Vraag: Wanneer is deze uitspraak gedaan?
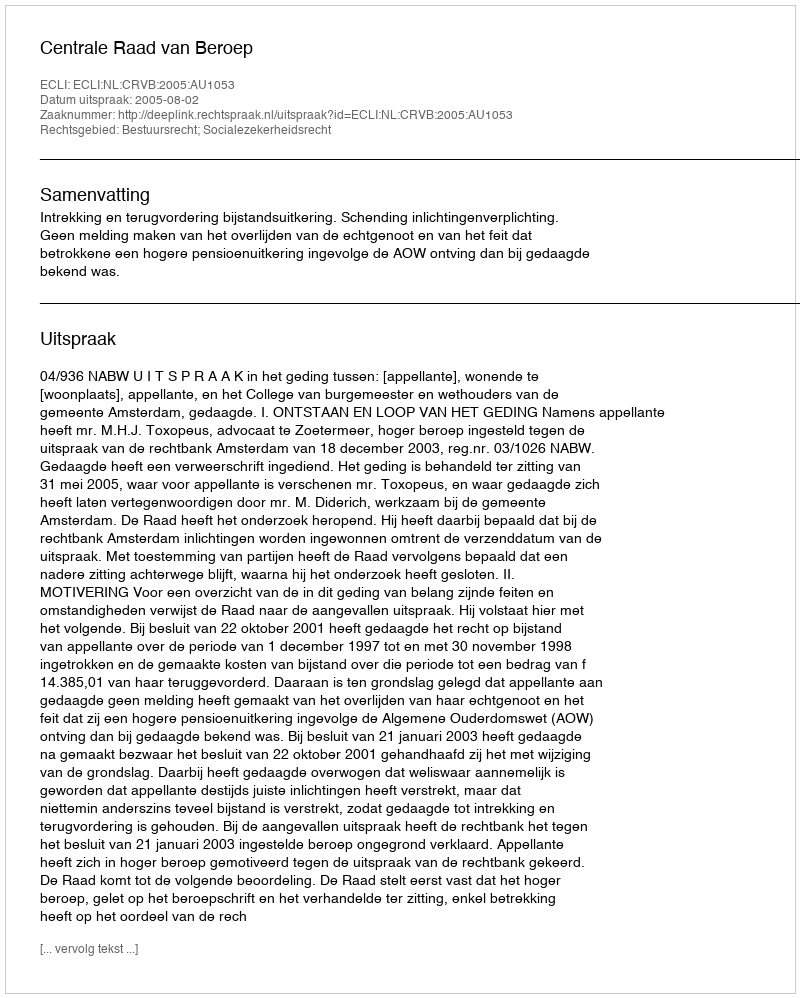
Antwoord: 2005-08-02